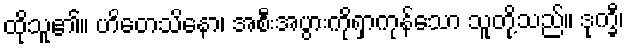
ထိုသူ၏။ ဟိတေသိနော၊ အစီးအပွားကိုရှာကုန်သော သူတို့သည်။ ဒုက္ခီ၊